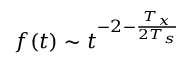
f ( t ) \sim t ^ { - 2 - \frac { T _ { x } } { 2 T _ { s } } }